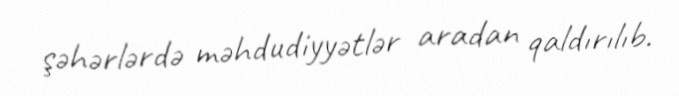
şəhərlərdə məhdudiyyətlər aradan qaldırılıb.